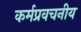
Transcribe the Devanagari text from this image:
कर्मप्रवचनीय